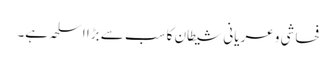
فحاشی و عریانی شیطان کا سب سے بڑا اسلحہ ہے۔